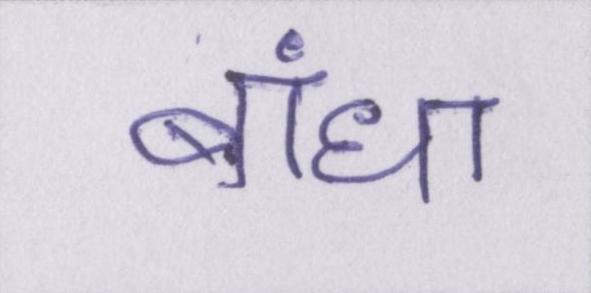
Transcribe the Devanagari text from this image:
बांधा